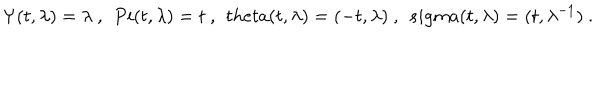
\Psi ( t , \lambda ) = \lambda \ , \ \, P i ( t , \lambda ) = t \ , \ \, t h e t a ( t , \lambda ) = ( - t , \lambda ) \ , \ \, s i g m a ( t , \lambda ) = ( t , \lambda ^ { - 1 } ) \ .